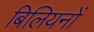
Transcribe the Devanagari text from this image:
बिलियनों